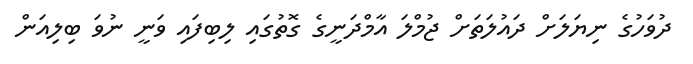
ދުވަހުގެ ނިޔަލަށް ދައުލަތަށް ޖުމްލަ އާމްދަނީގެ ގޮތުގައި ލިބިފައި ވަނީ ނުވަ ބިލިއަން